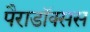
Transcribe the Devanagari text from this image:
पैराडॉक्सस